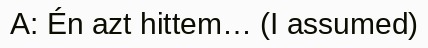
A: Én azt hittem… (I assumed)